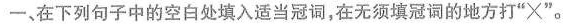
一、在下列句子中的空白处填入适当冠词，在无须填冠词的地方打”×”。